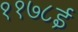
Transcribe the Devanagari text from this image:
११७८ई